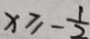
x \geq - \frac { 1 } { 2 }